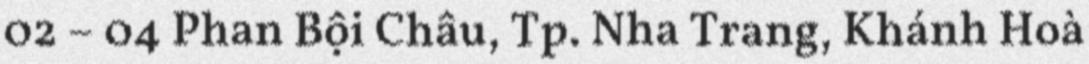
02 – 04 Phan Bội Châu, Tp. Nha Trang, Khánh Hoà